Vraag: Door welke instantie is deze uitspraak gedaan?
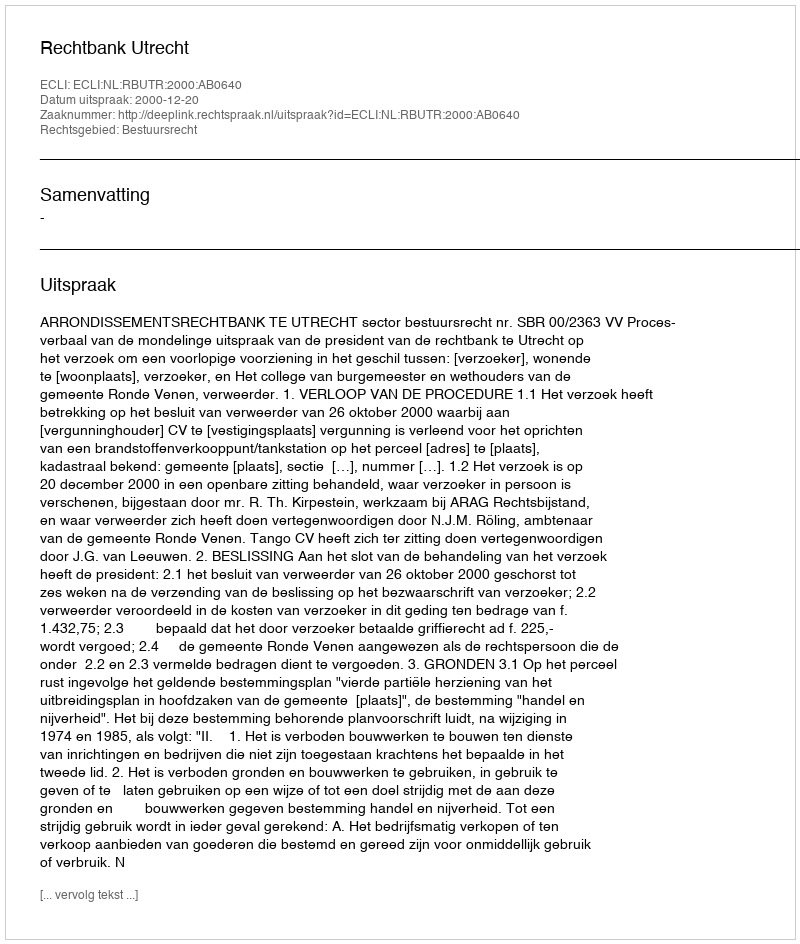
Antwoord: Rechtbank Utrecht